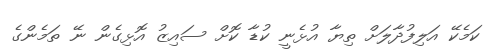
ކަމެކޭ އަލިފުދާލަށް ތިޔާ އުޅެނީ ކުޑާ ކޮށް ސައިޒު އޮޅިގެން ނޭ ތަމެންގެ